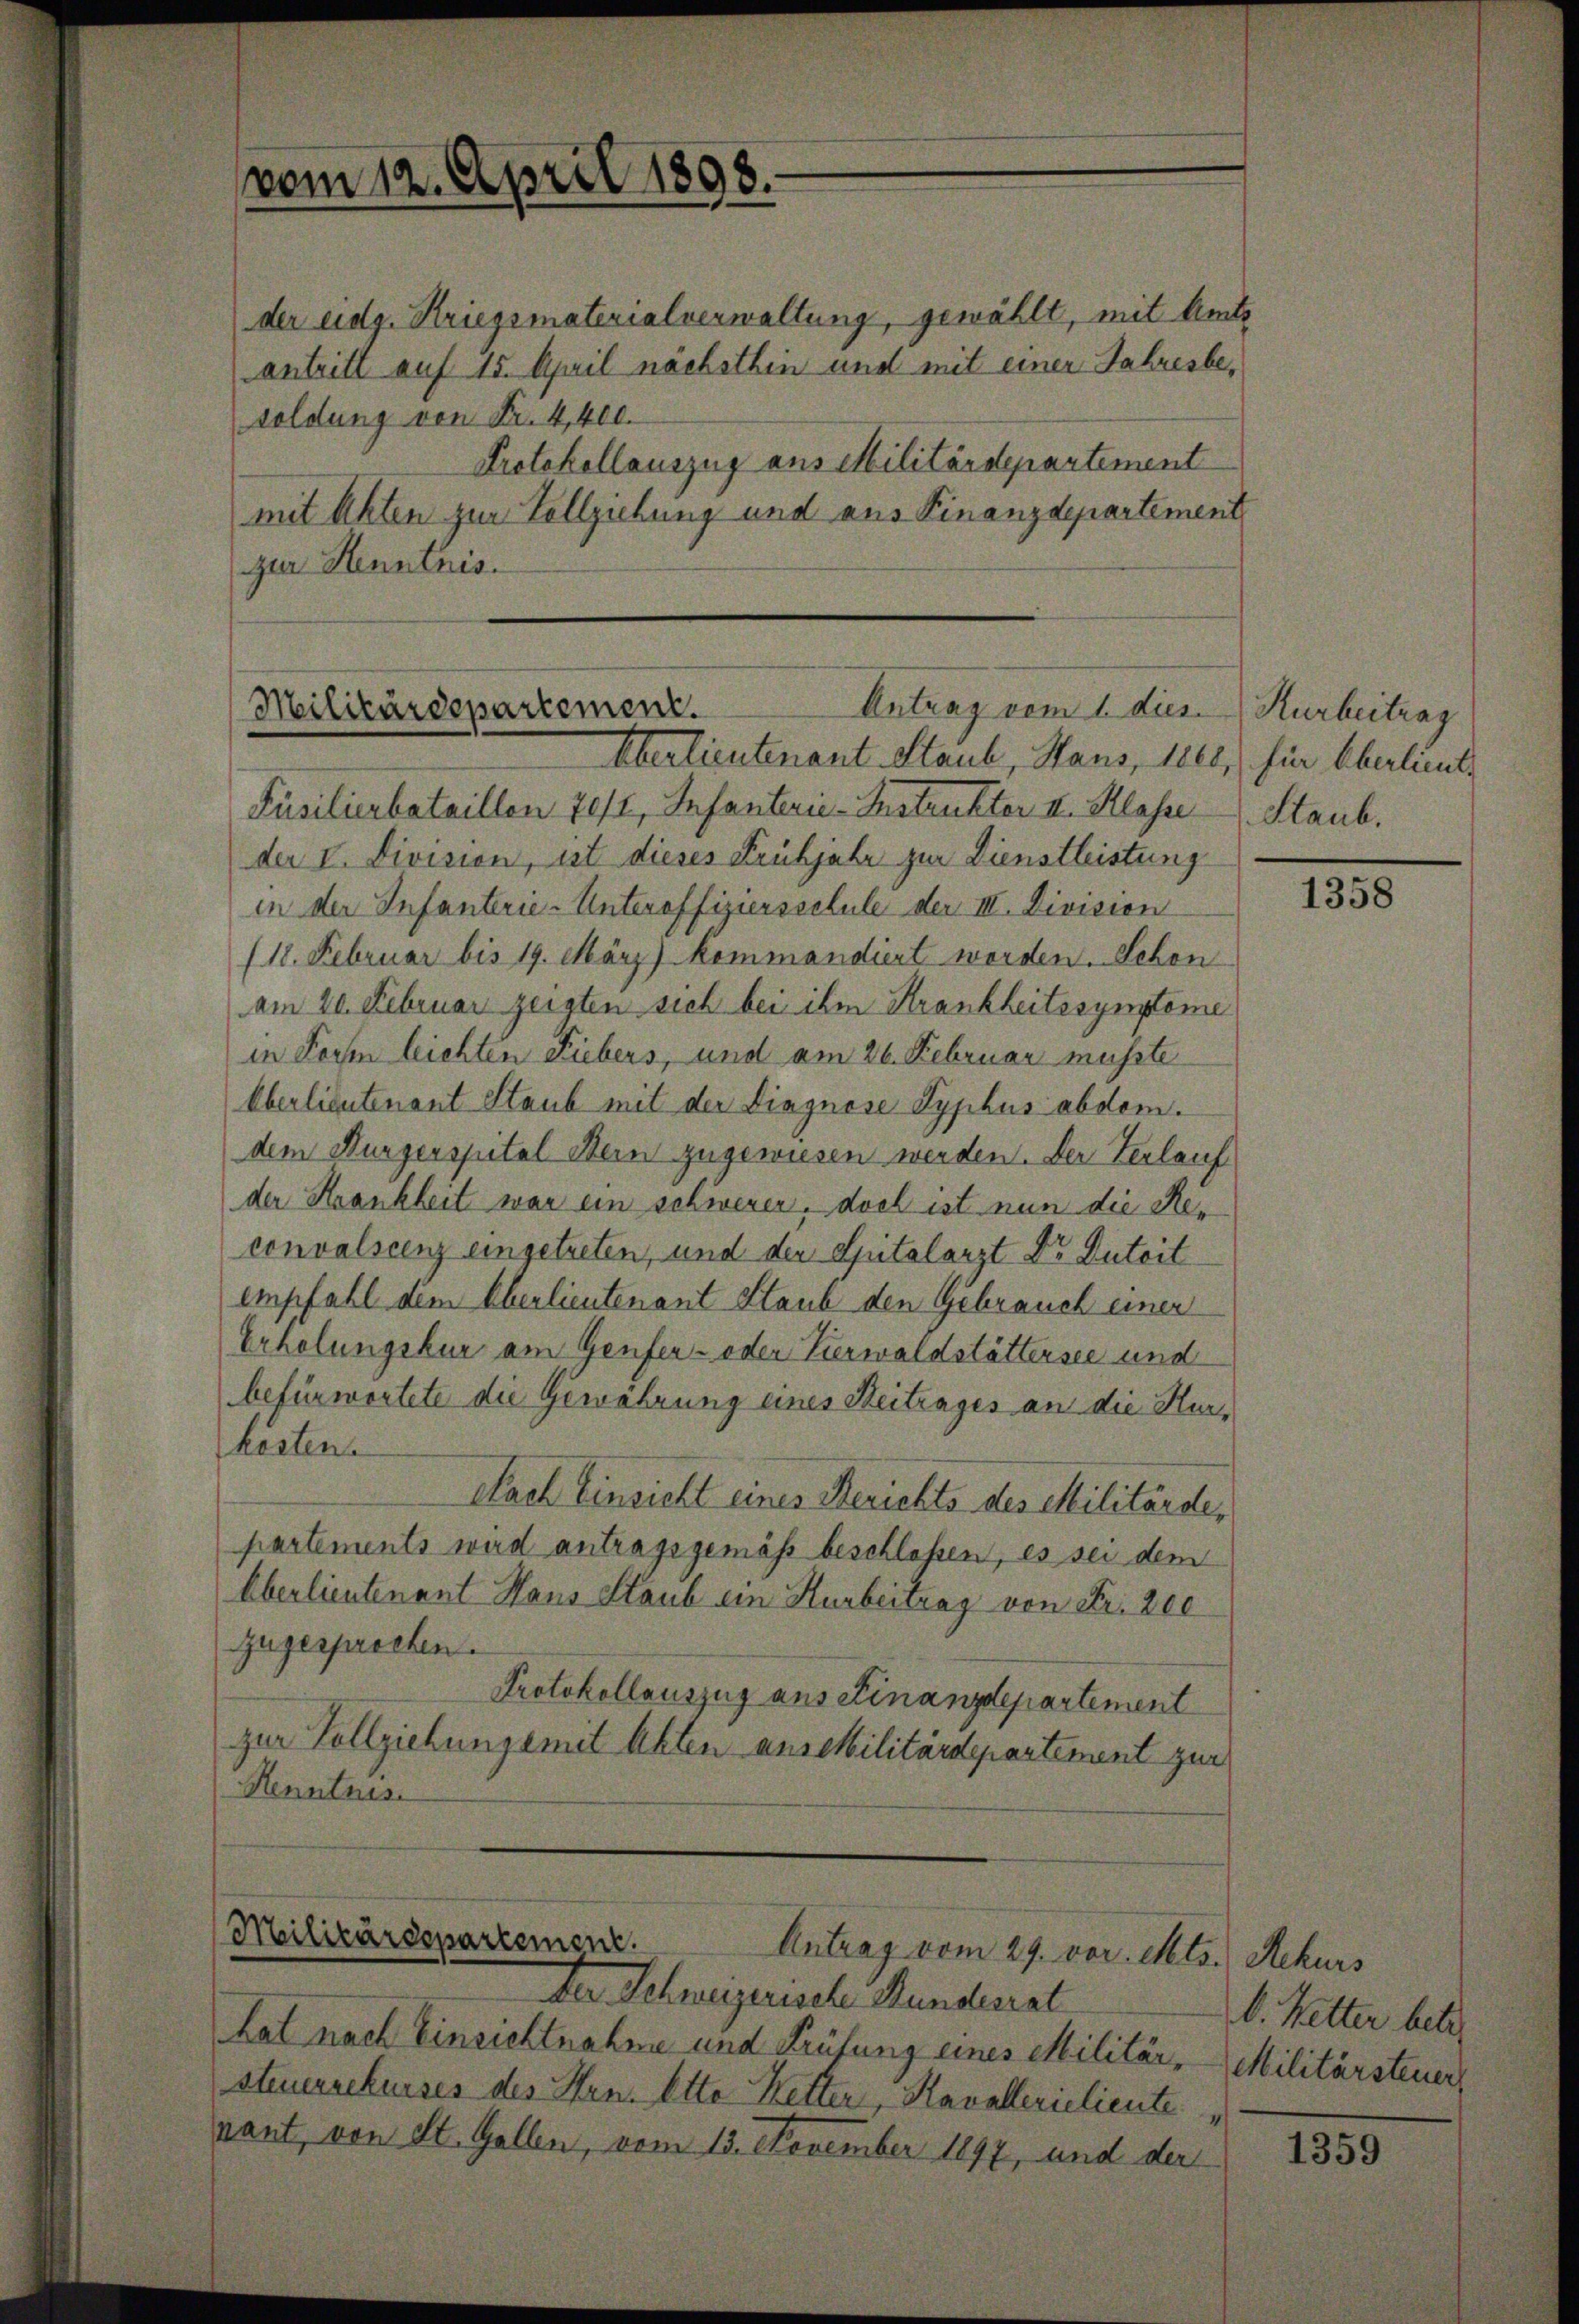
vom 12. April 1898.

der eidg. Kriegsmaterialverwaltung, gewählt, mit Amts
antritt auf 15. April nächsthin und mit einer Jahresbesoldung von Fr. 4,400.
Protokollauszug aus Militärdepartement
mit Achten zur Vollziehung und aus Finanzdepartement
zur Henntnis.

Antrag vom 1. dies
Militärdepartement.
Überlieutenant Staub, Haus, 1860, für Oberlieute

Füsilierbataillen 70/1, Infanterie-Instrukter II. Klasse Staub.
der V. Division, ist dieses Frühjahr zur Dienstleistung
in der Infanterie-Unteroffiziersschule der III. Division
118. Februar bis 19. März) Kommandiert worden. Schon
am 20. Februar zeigten sich bei ihm Krankheitesymptome
in Form leichten Fiebers, und am 26. Februar musste
Oberlieutenant Staub mit der Diagnose Syphus abdom.
dem Burgerspital Bern zugewiesen werden. Der Verlauf
der Krankheit war ein schweren, doch ist nun die Heconvalscenz eingetreten, und der Spitalarzt Dr Dutrit
empfahl dem Oberlieutenant Staub den Gebrauch einer
Erholungskur am Genfer- oder Verwaldstättersee und
befürwortete die Gewährung eines Seitrages an die Herkostens
Nach Einsicht eines Berichts des Militärde,
partements wird antragsgemäß beschloßen, es sei dem
Oberlieutenant Haus Staub ein Hurbeitrag von Fr. 200
zugesprochen.
Protokollauszug aus Finanzdepartement
zur Vollziehungsmit Abten anseMilitärdepartement zur
Henntnis

Militärdspartement.
Antrag vom 29. vor. Mts. Rekurs

Der Schweizerische Stundesrat
Lat nach Einsichtnahme und Prüfung eines Militärsteuerrekurses des Hrn. Otto Ketter, Kavallerielieute
ant, von St. Gallen, vom 13. November 1897, und der

Kurbeitrag

1358

b. Ketter betre
Militärsteuer

1359